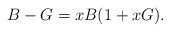
LaTeX: \begin{align*}B - G = xB (1+xG).\end{align*}